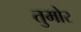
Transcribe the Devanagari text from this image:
तुमोर